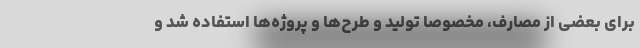
برای بعضی از مصارف، مخصوصا تولید و طرح‌ها و پروژه‌ها استفاده شد و